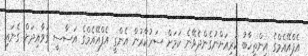
އެފްއޭއެމްގެ އިންތިހާބު ކުރިއަށްނުގެންދެވޭނެ ކަމަށް ސަރުކާރުން އެންގީ އެފްއޭއެމްގެ އަސާސީ ގަވާއިދަށް ގެނައި